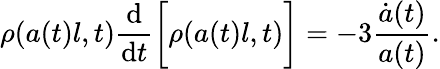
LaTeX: \rho(a(t)l,t)\frac{\mathrm{d}}{\mathrm{d}t}\bigg[\rho(a(t)l,t)\bigg]=-3\frac{\dot{a}(t)}{a(t)}.